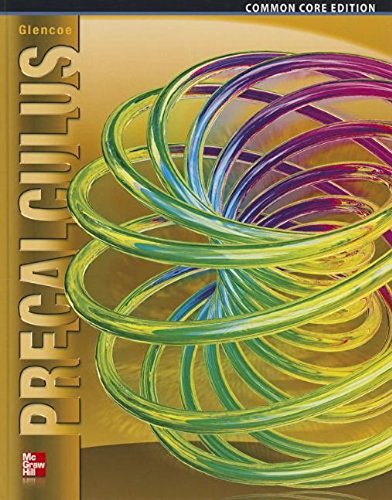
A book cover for Precalculus, Student Edition (ADVANCED MATH CONCEPTS); McGraw-Hill Education; Science & Math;